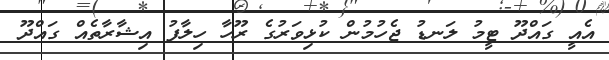
އެއީ ގައްދޫ ޓީމު ލަނޑު ޖެހުމުން ކުޅިވަރުގެ ރޫހާ ހިލާފު އިޝާރާތެއް ގައްދޫ